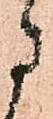
に